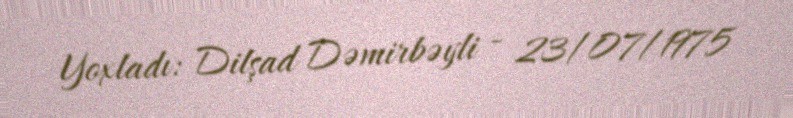
Yoxladı: Dilşad Dəmirbəyli - 23/07/1975